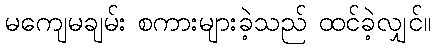
မကျေမချမ်း စကားများခဲ့သည် ထင်ခဲ့လျှင်။